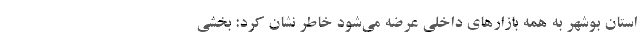
استان بوشهر به همه بازارهای داخلی عرضه می‌شود خاطر نشان کرد: بخشی